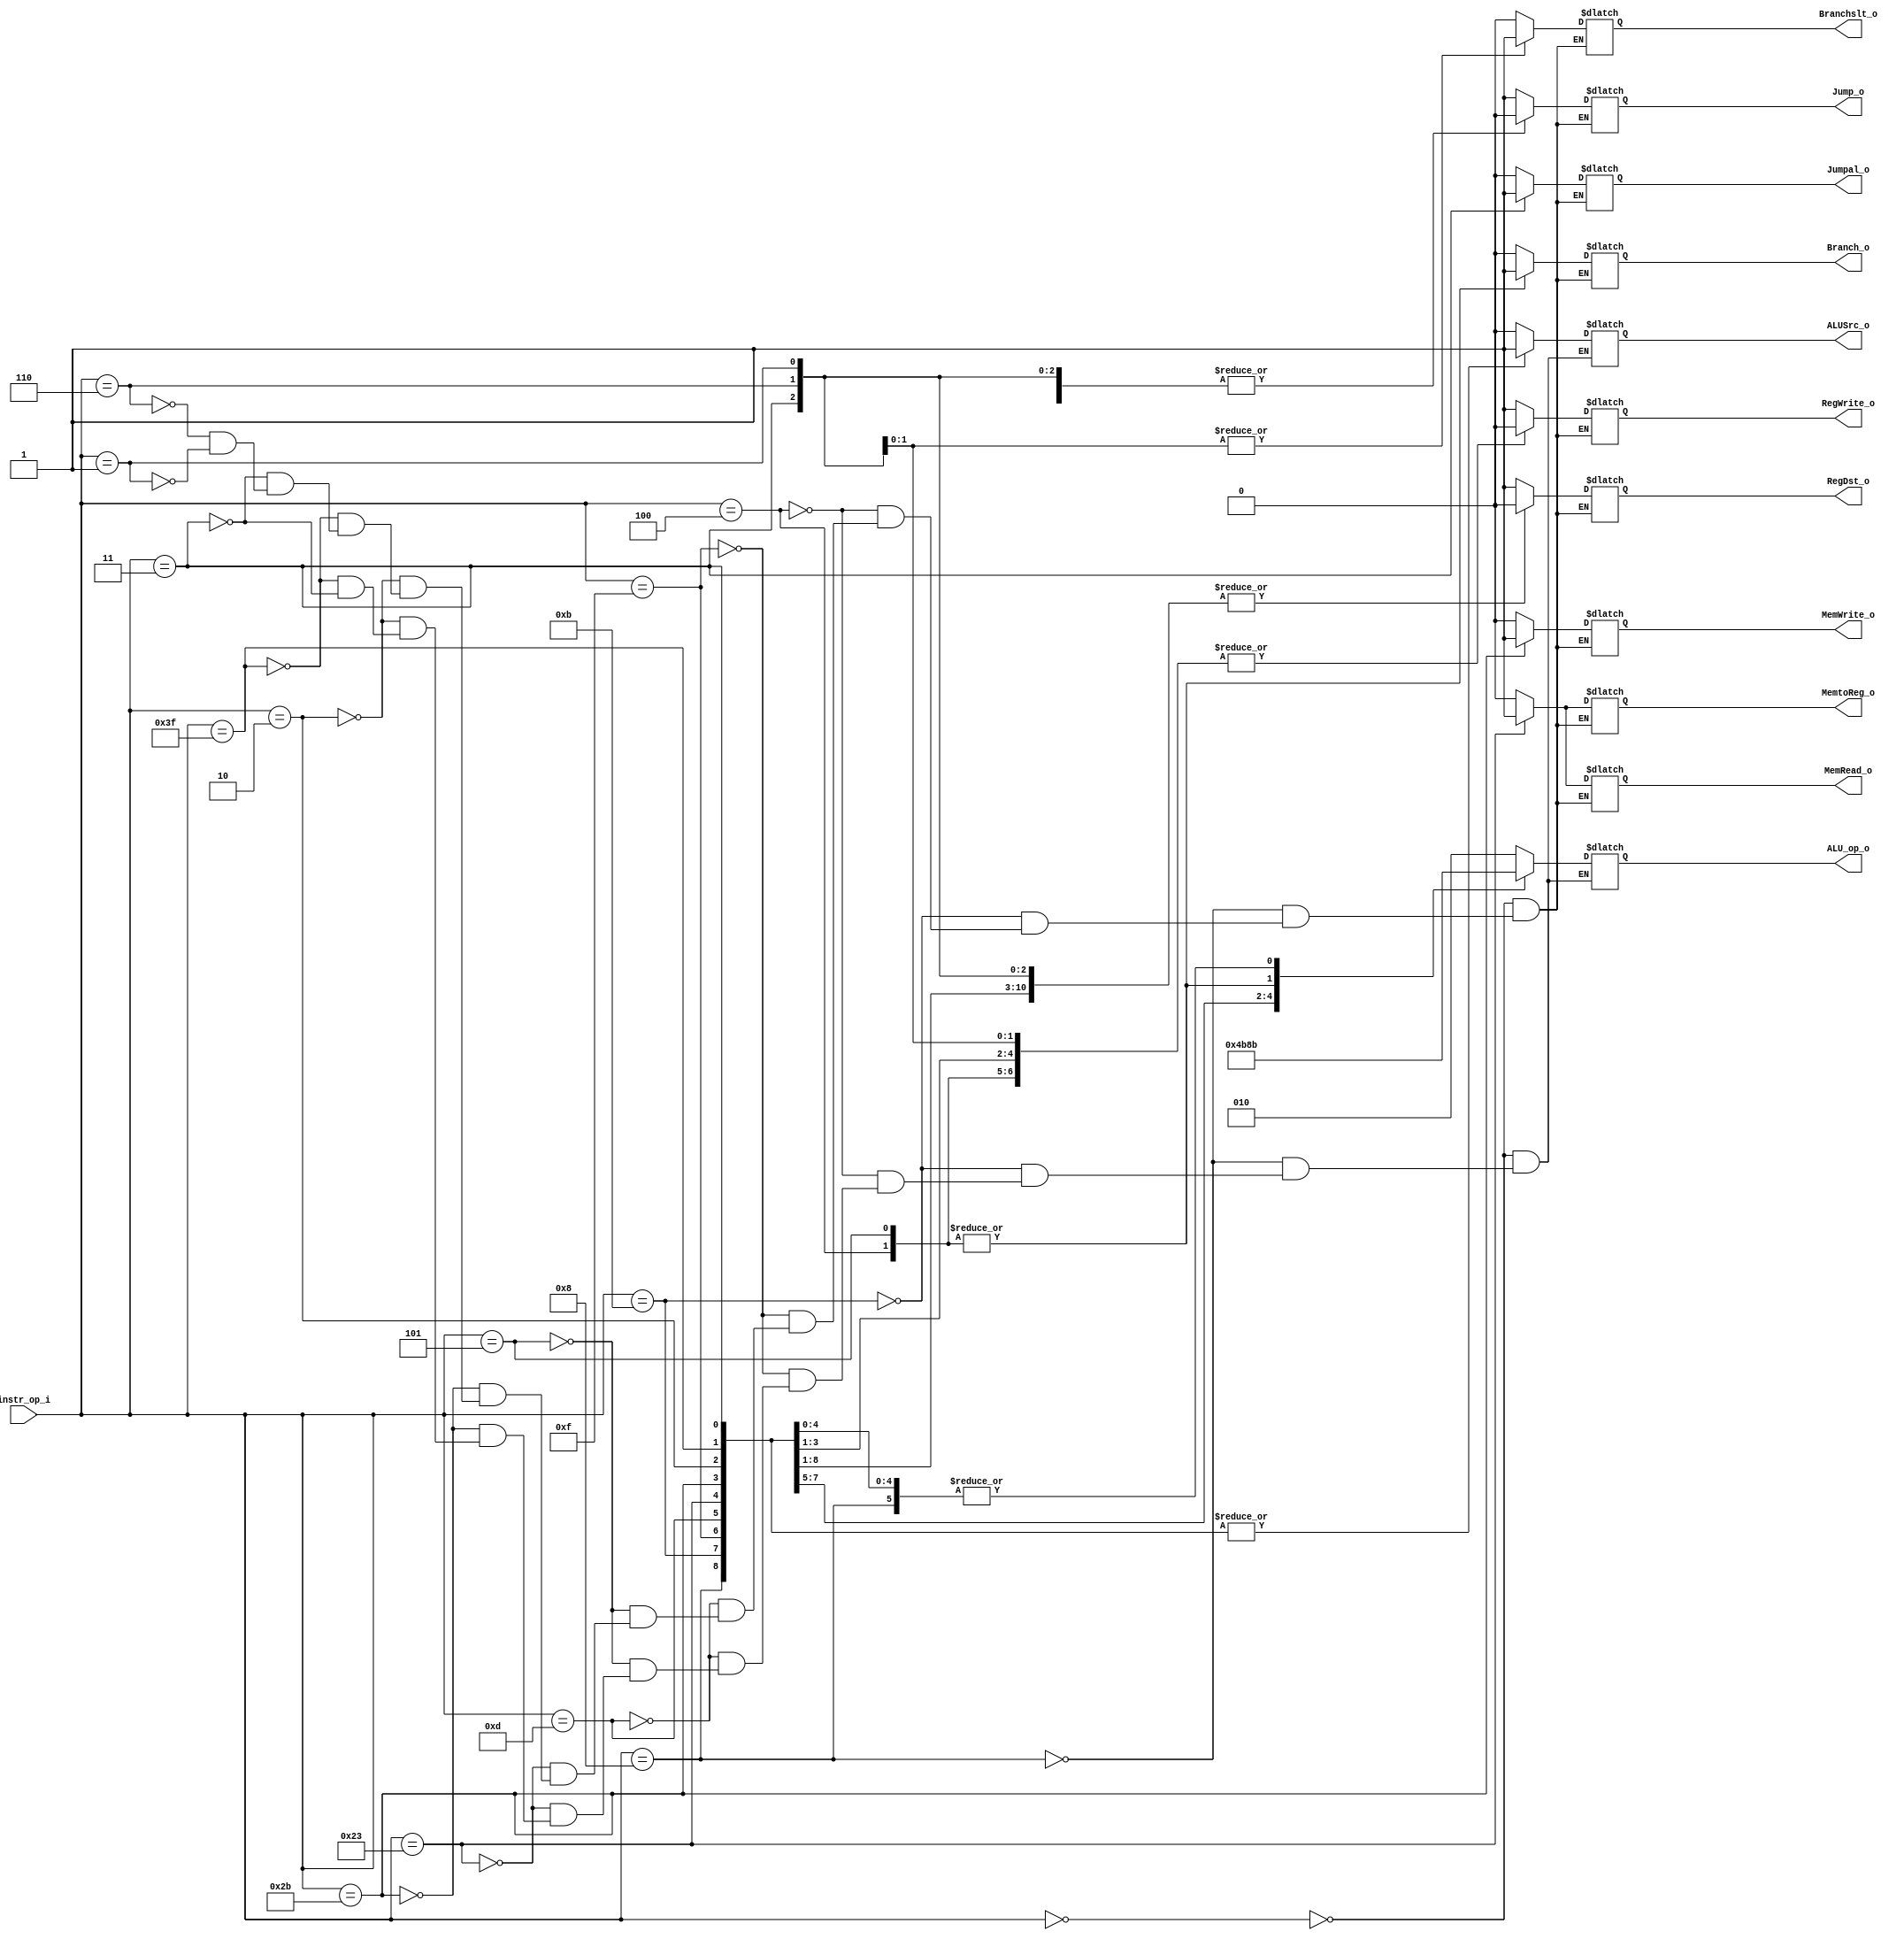
//             Alden Rivera 0416329
//             Jorge Pineda 0416330
`timescale 1ns / 1ps
//Subject:     CO project 2 - Decoder
//--------------------------------------------------------------------------------
//Version:     1
//--------------------------------------------------------------------------------
//Writer:      
//----------------------------------------------
//Date:        
//----------------------------------------------
//Description: 
//--------------------------------------------------------------------------------

module Decoder(
    instr_op_i,
	RegWrite_o,
	ALU_op_o,
	ALUSrc_o,
	RegDst_o,
	Branch_o,
	Jump_o,
	MemRead_o,
	MemWrite_o,
	MemtoReg_o,
	Jumpal_o,
	Branchslt_o
	);
     
//I/O ports
input  [6-1:0] instr_op_i;

output         RegWrite_o;
output [3-1:0] ALU_op_o;
output         ALUSrc_o;
output         RegDst_o;
output         Branch_o;
output         Jump_o;
output         MemRead_o;
output         MemWrite_o;
output         MemtoReg_o; 
output         Jumpal_o;
output         Branchslt_o;
 
//Internal Signals
reg    [3-1:0] ALU_op_o;
reg            ALUSrc_o;
reg            RegWrite_o;
reg            RegDst_o;
reg            Branch_o;
reg            Jump_o;
reg            MemRead_o;
reg            MemWrite_o;
reg            MemtoReg_o;
reg            Jumpal_o;
reg            Branchslt_o;

//Parameter


//Main function
always@(*)
begin
    case(instr_op_i)
    6'b000000:
        begin
            RegWrite_o = 1'b1;
            ALU_op_o = 3'b010;
            ALUSrc_o = 1'b0;
            RegDst_o = 1'b1;
            Branch_o = 1'b0;
            Branchslt_o = 1'b0;
            Jump_o = 1'b1;
            MemRead_o = 1'b0;
            MemWrite_o = 1'b0;
            MemtoReg_o = 1'b0;
            Jumpal_o = 1'b0;
        end
    6'b001000:
        begin
            RegWrite_o = 1'b1;
            ALU_op_o = 3'b011;
            ALUSrc_o = 1'b1;
            RegDst_o = 1'b0;
            Branch_o = 1'b0;
            Branchslt_o = 1'b0;
            Jump_o = 1'b1;
            MemRead_o = 1'b0;
            MemWrite_o = 1'b0;
            MemtoReg_o = 1'b0;
            Jumpal_o = 1'b0;
        end
    6'b001011:
        begin
            RegWrite_o = 1'b1;
            ALU_op_o = 3'b100;
            ALUSrc_o = 1'b1;
            RegDst_o = 1'b0;
            Branch_o = 1'b0;
            Branchslt_o = 1'b0;
            Jump_o = 1'b1;
            MemRead_o = 1'b0;
            MemWrite_o = 1'b0;
            MemtoReg_o = 1'b0;
            Jumpal_o = 1'b0;
        end
     6'b000100:
        begin
            RegWrite_o = 1'b0;
            ALU_op_o = 3'b001;
            ALUSrc_o = 1'b0;
            RegDst_o = 1'b1;
            Branch_o = 1'b1;
            Branchslt_o = 1'b0;
            Jump_o = 1'b1;
            MemRead_o = 1'b0;
            MemWrite_o = 1'b0;
            MemtoReg_o = 1'b0;
            Jumpal_o = 1'b0;
        end
     6'b001111:
        begin
            RegWrite_o = 1'b1;
            ALU_op_o = 3'b101;
            ALUSrc_o = 1'b1;
            RegDst_o = 1'b0;
            Branch_o = 1'b0;
            Branchslt_o = 1'b0;
            Jump_o = 1'b1;
            MemRead_o = 1'b0;
            MemWrite_o = 1'b0;
            MemtoReg_o = 1'b0;
            Jumpal_o = 1'b0;
        end
     6'b001101:
        begin
            RegWrite_o = 1'b1;
            ALU_op_o = 3'b110;
            ALUSrc_o = 1'b1;
            RegDst_o = 1'b0;
            Branch_o = 1'b0;
            Branchslt_o = 1'b0;
            Jump_o = 1'b1;
            MemRead_o = 1'b0;
            MemWrite_o = 1'b0;
            MemtoReg_o = 1'b0;
            Jumpal_o = 1'b0;
        end
     6'b000101:
        begin
            RegWrite_o = 1'b0;
            ALU_op_o = 3'b001;
            ALUSrc_o = 1'b0;
            RegDst_o = 1'b1;
            Branch_o = 1'b1;
            Branchslt_o = 1'b0;
            Jump_o = 1'b1;
            MemRead_o = 1'b0;
            MemWrite_o = 1'b0;
            MemtoReg_o = 1'b0;
            Jumpal_o = 1'b0;
        end
     6'b100011:
        begin
            RegWrite_o = 1'b1;
            ALU_op_o = 3'b011;//add
            ALUSrc_o = 1'b1;
            RegDst_o = 1'b0;
            Branch_o = 1'b0;
            Branchslt_o = 1'b0;
            Jump_o = 1'b1;
            MemRead_o = 1'b1;
            MemWrite_o = 1'b0;
            MemtoReg_o = 1'b1;  
            Jumpal_o = 1'b0;         
        end
     6'b101011:
        begin
        RegWrite_o = 1'b0;
        ALU_op_o = 3'b011;//add
        ALUSrc_o = 1'b1;
        RegDst_o = 1'b0;
        Branch_o = 1'b0;
        Branchslt_o = 1'b0;
        Jump_o = 1'b1;
        MemRead_o = 1'b0;
        MemWrite_o = 1'b1;
        MemtoReg_o = 1'b0; 
        Jumpal_o = 1'b0;            
        end
     6'b000010:
        begin
        RegWrite_o = 1'b0;
        ALU_op_o = 3'b011;//add
        ALUSrc_o = 1'b1;
        RegDst_o = 1'b0;
        Branch_o = 1'b0;
        Branchslt_o = 1'b0;
        Jump_o = 1'b0;
        MemRead_o = 1'b0;
        MemWrite_o = 1'b0;
        MemtoReg_o = 1'b0; 
        Jumpal_o = 1'b0;
        end
     6'b111111:
     begin
     RegWrite_o = 1'b0;
     ALU_op_o = 3'b011;//add
     ALUSrc_o = 1'b1;
     RegDst_o = 1'b0;
     Branch_o = 1'b0;
     Branchslt_o = 1'b0;
     Jump_o = 1'b1;
     MemRead_o = 1'b0;
     MemWrite_o = 1'b0;
     MemtoReg_o = 1'b0;
     Jumpal_o = 1'b0;
     end
     6'b000011:
     begin
     RegWrite_o = 1'b1;
     ALU_op_o = 3'b011;//add
     ALUSrc_o = 1'b1;
     RegDst_o = 1'b0;
     Branch_o = 1'b0;
     Branchslt_o = 1'b0;
     Jump_o = 1'b0;
     MemRead_o = 1'b0;
     MemWrite_o = 1'b0;
     MemtoReg_o = 1'b0;   
     Jumpal_o = 1'b1;  
     end
     6'b000110:
     begin
     RegWrite_o = 1'b0;
 //    ALU_op_o = 3'b101;//blt
 //    ALUSrc_o = 1'b1;
     RegDst_o = 1'b0;
     Branch_o = 1'b0;
     Branchslt_o = 1'b1;
     Jump_o = 1'b0;
     MemRead_o = 1'b0;
     MemWrite_o = 1'b0;
     MemtoReg_o = 1'b0;   
     Jumpal_o = 1'b0;      
     end
     6'b000101:
     begin
      RegWrite_o = 1'b0;
 //    ALU_op_o = 3'b101;//blt
 //    ALUSrc_o = 1'b1;
     RegDst_o = 1'b0;
     Branch_o = 1'b1;
     Branchslt_o = 1'b0;
     Jump_o = 1'b0;
     MemRead_o = 1'b0;
     MemWrite_o = 1'b0;
     MemtoReg_o = 1'b0;   
     Jumpal_o = 1'b0;       
     end
     6'b000001:
     begin
     RegWrite_o = 1'b0;
 //    ALU_op_o = 3'b101;//blt
 //    ALUSrc_o = 1'b1;
     RegDst_o = 1'b0;
     Branch_o = 1'b0;
     Branchslt_o = 1'b1;
     Jump_o = 1'b0;
     MemRead_o = 1'b0;
     MemWrite_o = 1'b0;
     MemtoReg_o = 1'b0;   
     Jumpal_o = 1'b0;        
     end
    6'b001111:
    begin
    RegWrite_o = 1'b1;
    ALU_op_o = 3'b011;
    ALUSrc_o = 1'b1;
    RegDst_o = 1'b0;
    Branch_o = 1'b0;
    Branchslt_o = 1'b0;
    Jump_o = 1'b1;
    MemRead_o = 1'b0;
    MemWrite_o = 1'b0;
    MemtoReg_o = 1'b0;
    Jumpal_o = 1'b0;    
    end
   endcase
end
endmodule